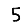
Digit: 5